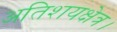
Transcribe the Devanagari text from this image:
अतिशयक्षेत्र।